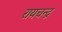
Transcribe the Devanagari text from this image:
रायचन्द्र